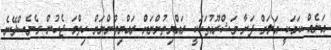
އަނެއް ކަމަކީ އަލަށް ފަށާ މަޝްރޫއުތަކަކީ ރައްޔިތުންނަށް ރައްޔިތުންނަށް ހިތްމަ ޖެހުން ގެނެސްދޭނެ